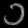
Digit: ၁